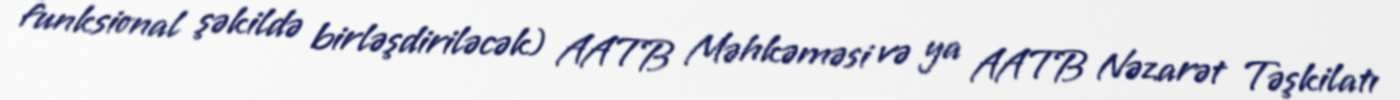
funksional şəkildə birləşdiriləcək) AATB Məhkəməsi və ya AATB Nəzarət Təşkilatı